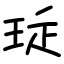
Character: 㻄